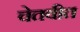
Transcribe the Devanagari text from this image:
चेतवीत